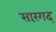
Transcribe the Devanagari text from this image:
सारंगढ्